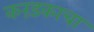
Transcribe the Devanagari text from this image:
करंडकाचा